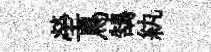
塋鳥鵠紈